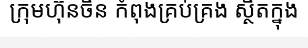
ក្រុមហ៊ុនចិន កំពុងគ្រប់គ្រង ស្ថិតក្នុង